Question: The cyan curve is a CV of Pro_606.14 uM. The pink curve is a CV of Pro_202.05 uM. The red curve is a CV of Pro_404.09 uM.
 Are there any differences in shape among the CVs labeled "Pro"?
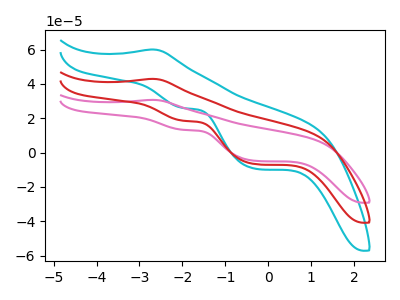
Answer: <think>The cyan curve "Pro_606.14 uM" has an anodic peak at (-2.70V, 85.90uA) and cathodic peaks at (-2.00V, 37.15uA) (-0.30V, -13.45uA). The pink curve "Pro_202.05 uM" has an anodic peak at (-2.70V, 30.70uA) and cathodic peaks at (-2.00V, 13.25uA) (-0.30V, -4.80uA). The red curve "Pro_404.09 uM" has an anodic peak at (-2.70V, 42.95uA) and cathodic peaks at (-2.00V, 18.55uA) (-0.30V, -6.75uA).
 All the peaks in "Pro_606.14 uM" have a peak in "Pro_202.05 uM" at the same potential. All the peaks in "Pro_606.14 uM" have a peak in "Pro_404.09 uM" at the same potential. All the peaks in "Pro_202.05 uM" have a peak in "Pro_404.09 uM" at the same potential.</think>
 <answer>All the CV's of "Pro" have similar shape.</answer>
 <eval>follow_rule</eval>